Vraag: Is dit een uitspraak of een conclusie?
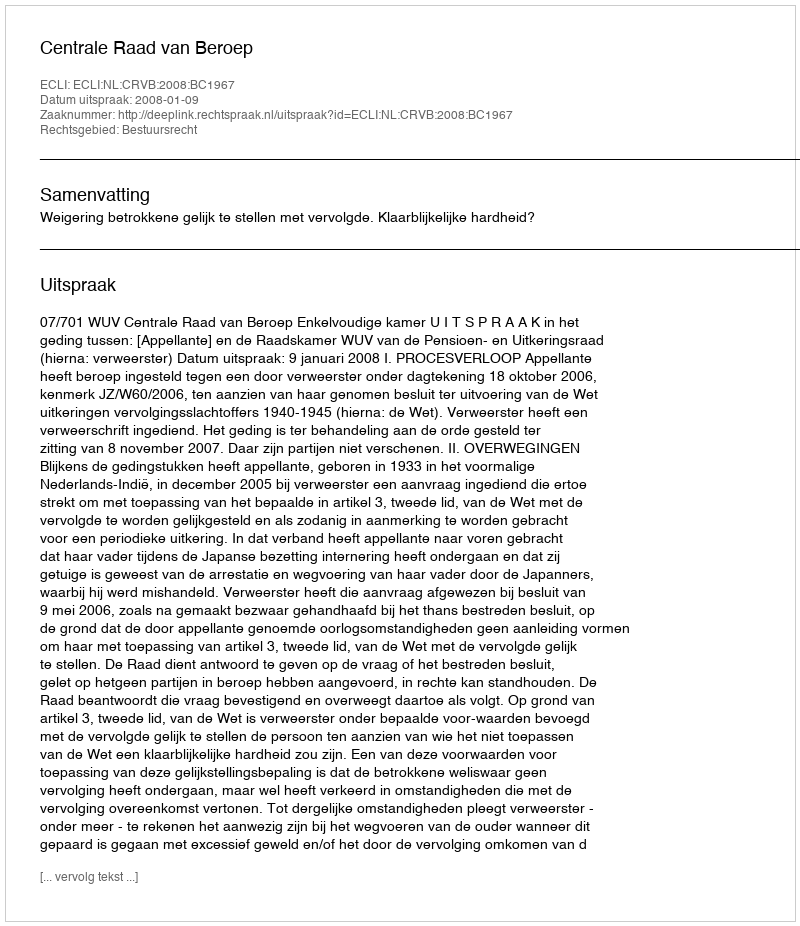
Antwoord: Uitspraak